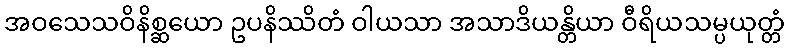
အဝသေသဝိနိစ္ဆယော ဥပနိဿိတံ ဝါယသာ အသာဒိယန္တိယာ ဝီရိယသမ္ပယုတ္တံ